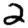
Digit: 2